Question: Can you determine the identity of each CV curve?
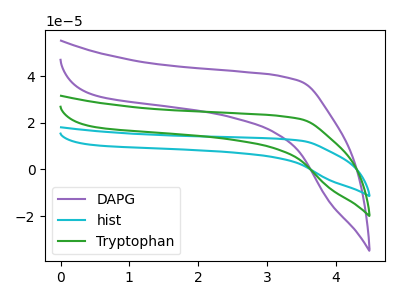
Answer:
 <answer>The purple curve is labeled "DAPG". The cyan curve is labeled "hist". The green curve is labeled "Tryptophan".</answer>
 <eval></eval>